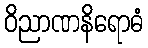
ဝိညာဏနိရောဓံ